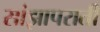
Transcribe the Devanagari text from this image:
सांझापराती